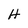
Character: H